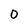
Character: o